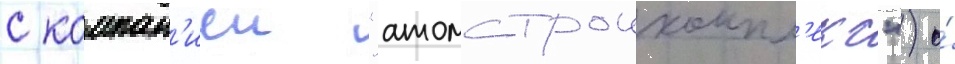
с компан'иеи "атомстроикомпл'екс") о́